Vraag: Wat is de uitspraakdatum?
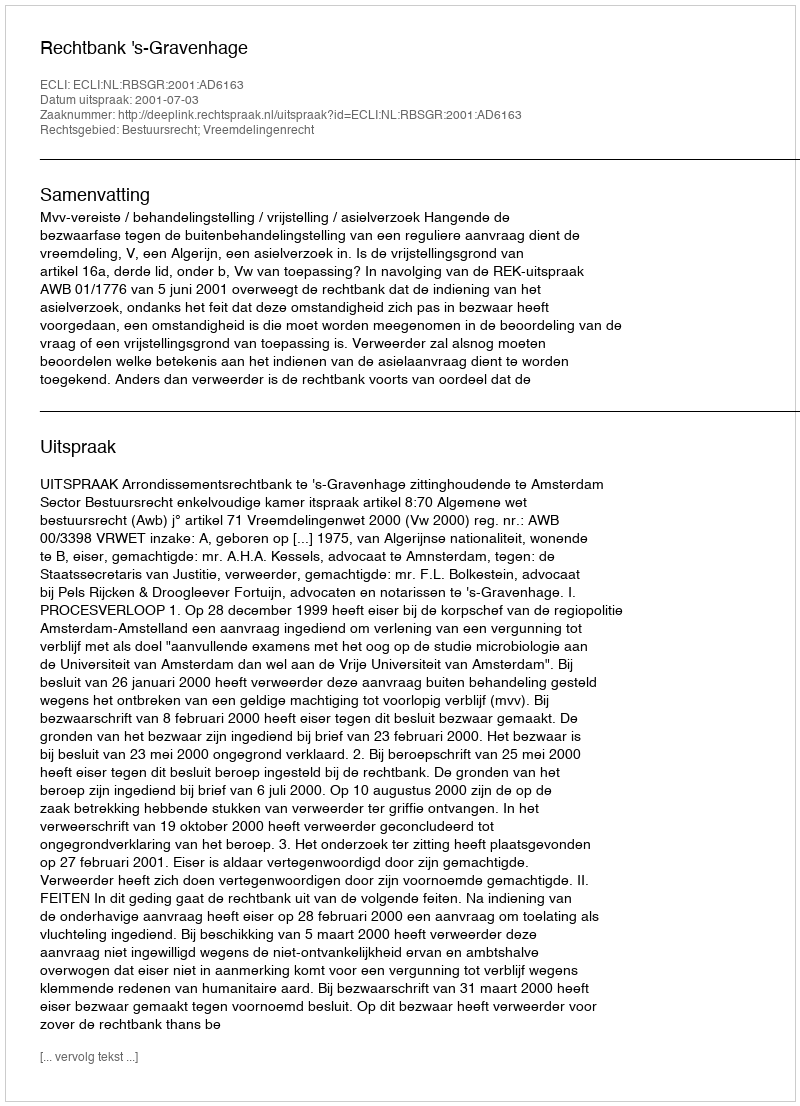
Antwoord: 2001-07-03